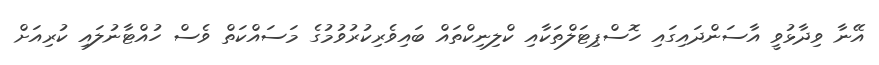
އޭނާ ވިދާޅުވީ އާސަންދައިގައި ހޮސްޕިޓަލްތަކާއި ކްލިނިކްތައް ބައިވެރިކުރުވުމުގެ މަސައްކަތް ވެސް ހުއްޓާނުލައި ކުރިއަށް